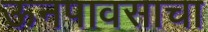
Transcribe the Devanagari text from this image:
ऊनपावसाचा